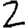
Digit: 2